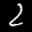
Label: 2